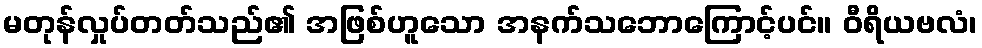
မတုန်လှုပ်တတ်သည်၏ အဖြစ်ဟူသော အနက်သဘောကြောင့်ပင်။ ဝီရိယဗလံ၊